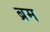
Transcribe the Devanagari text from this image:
ब्रम